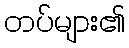
တပ်များ၏